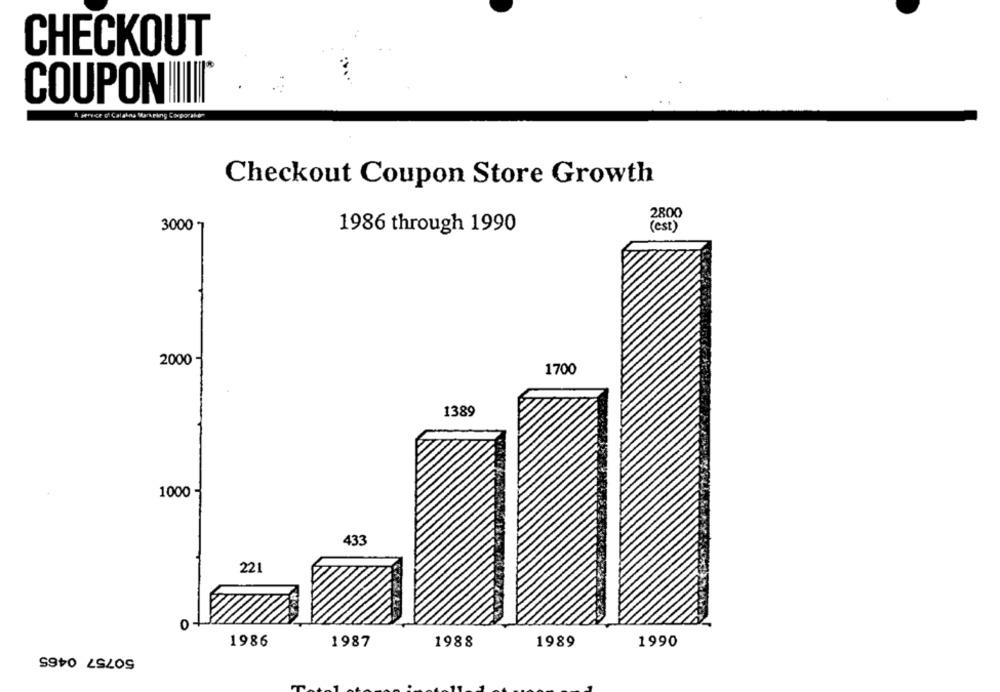
CHECKOUT
COUPONIIIIII
A perece of Catalny Mark ping Corporation
Checkout Coupon Store Growth
2800
3000 -
1986 through 1990
(est)
2000
1700
1389
1000
433
221
1986
1987
1988
1989
1990
50757 0465